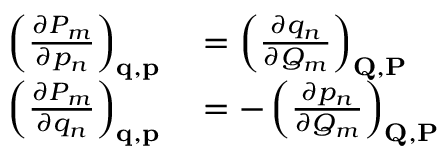
\begin{array} { r l } { \left( { \frac { \partial P _ { m } } { \partial p _ { n } } } \right) _ { \mathbf { q } , \mathbf { p } } } & { { } = \left( { \frac { \partial q _ { n } } { \partial Q _ { m } } } \right) _ { \mathbf { Q } , \mathbf { P } } } \\ { \left( { \frac { \partial P _ { m } } { \partial q _ { n } } } \right) _ { \mathbf { q } , \mathbf { p } } } & { { } = - \left( { \frac { \partial p _ { n } } { \partial Q _ { m } } } \right) _ { \mathbf { Q } , \mathbf { P } } } \end{array}